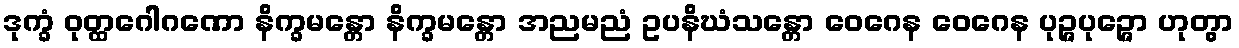
ဒုက္ခံ ဝုတ္ထဂေါဂဏော နိက္ခမန္တော နိက္ခမန္တော အညမညံ ဥပနိဃံသန္တော ဝေဂေန ဝေဂေန ပုဉ္ဇပုဉ္ဇော ဟုတွာ